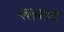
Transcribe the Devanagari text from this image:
फ्लशड